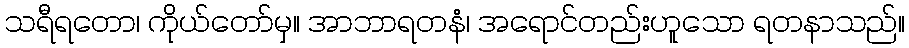
သရီရတော၊ ကိုယ်တော်မှ။ အာဘာရတနံ၊ အရောင်တည်းဟူသော ရတနာသည်။